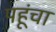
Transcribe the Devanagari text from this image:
पहूंचा